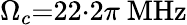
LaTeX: \Omega_{c}{=}22{\cdot}2\pi\ \mathrm{MHz}